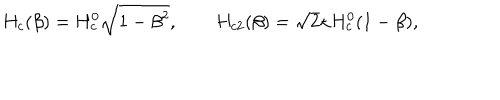
H _ { c } ( \beta ) = H _ { c } ^ { 0 } \sqrt { 1 - \beta ^ { 2 } } , \qquad H _ { c 2 } ( \beta ) = \sqrt { 2 } \kappa H _ { c } ^ { 0 } ( 1 - \beta ) ,